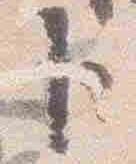
臣